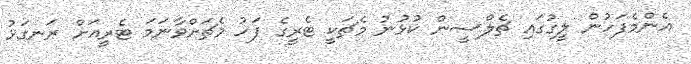
އެންމެފަހުން ލީގުގައި ޗެލްސީން ކުޅުނު މެޗަކީ ޓެރީގެ ފަހު މެޗަށްވާނަމަ ޓެރީއަށް ރަނގަޅު